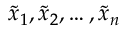
\widetilde { x } _ { 1 } , \widetilde { x } _ { 2 } , \dots , \widetilde { x } _ { n }